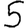
Digit: 5